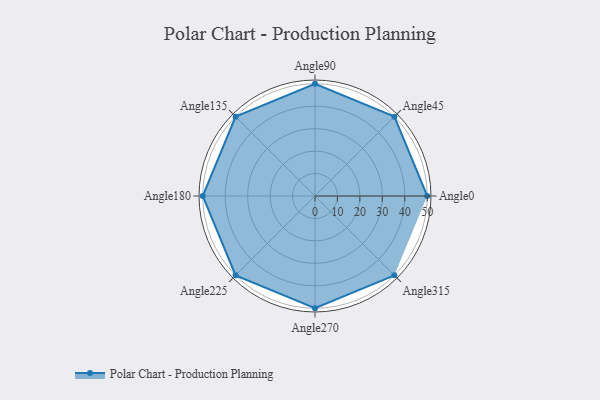
{"axis": {"x": "Angle", "y": "Radius"}, "legend": [""], "data": [{"x": "Angle0", "y": 50, "type": ""}, {"x": "Angle45", "y": 50, "type": ""}, {"x": "Angle90", "y": 50, "type": ""}, {"x": "Angle135", "y": 50, "type": ""}, {"x": "Angle180", "y": 50, "type": ""}, {"x": "Angle225", "y": 50, "type": ""}, {"x": "Angle270", "y": 50, "type": ""}, {"x": "Angle315", "y": 50, "type": ""}]}